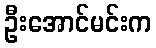
ဦးအောင်မင်းက